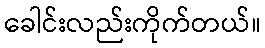
ခေါင်းလည်းကိုက်တယ်။